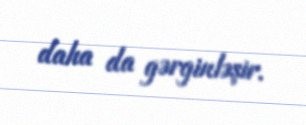
daha da gərginləşir.